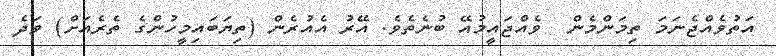
އަތުވެއްޖެނަމަ ތިމަންމެން  ވެއްޖައީމުއޭ ބުނެތެވެ. އޭރު އެއުރެން (ތިޔަބައިމީހުންގެ ތެރެއަށް) ވަދެ